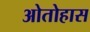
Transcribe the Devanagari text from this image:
ओतोहास